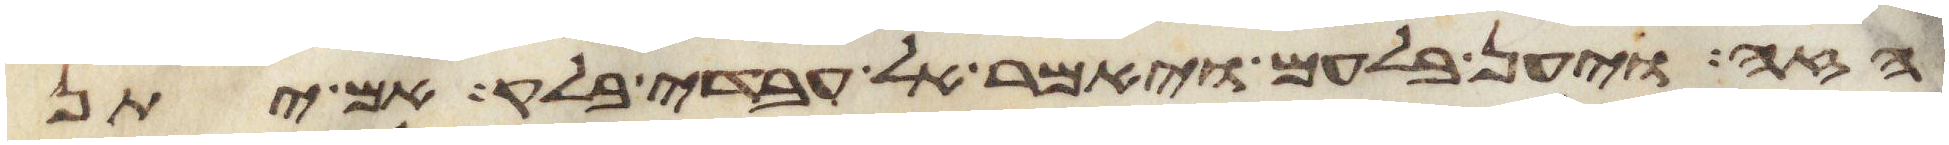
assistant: הזה ויען בלעם ויאמר אל עבדי בלק אם יתן